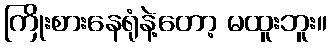
ကြိုးစားနေရုံနဲ့တော့ မထူးဘူး။